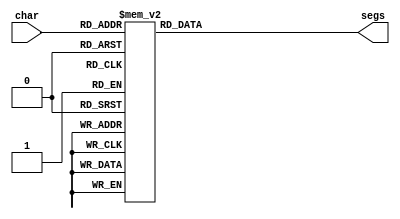
/*
   This file was generated automatically by the Mojo IDE version B1.3.6.
   Do not edit this file directly. Instead edit the original Lucid source.
   This is a temporary file and any changes made to it will be destroyed.
*/

module seven_seg_4 (
    input [3:0] char,
    output reg [6:0] segs
  );
  
  
  
  always @* begin
    
    case (char)
      1'h0: begin
        segs = 7'h3f;
      end
      1'h1: begin
        segs = 7'h06;
      end
      2'h2: begin
        segs = 7'h5b;
      end
      2'h3: begin
        segs = 7'h4f;
      end
      3'h4: begin
        segs = 7'h66;
      end
      3'h5: begin
        segs = 7'h6d;
      end
      3'h6: begin
        segs = 7'h7d;
      end
      3'h7: begin
        segs = 7'h07;
      end
      4'h8: begin
        segs = 7'h7f;
      end
      4'h9: begin
        segs = 7'h67;
      end
      4'ha: begin
        segs = 7'h79;
      end
      4'hb: begin
        segs = 7'h54;
      end
      4'hc: begin
        segs = 7'h5e;
      end
      4'hd: begin
        segs = 7'h50;
      end
      default: begin
        segs = 7'h00;
      end
    endcase
  end
endmodule